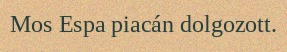
Mos Espa piacán dolgozott.